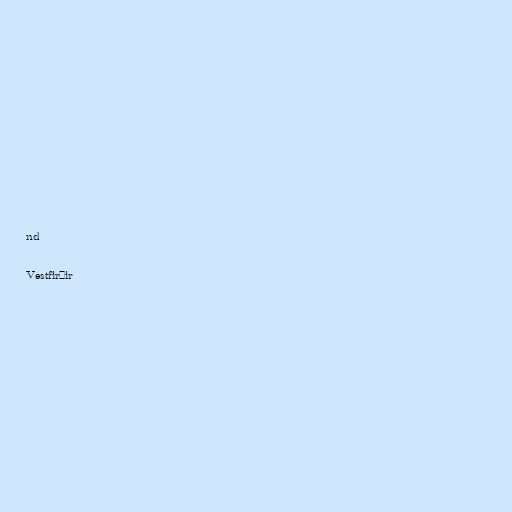
nd

Vestfirðir